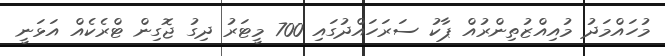
މުހައްމަދު މުއިއްޒުތިންރުއް ޕާކު ސަރަހައްދުގައި 700 މީޓަރު ދިގު ޖޮގިން ޓްރެކެއް އަޅަނީ